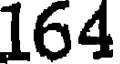
164